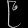
Digit: ၉